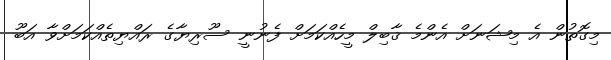
މިގޮތުން އެ މިޝަނަށް އެންމެ ޤާބިލް މީހެއްކަމަށް ފެނުނީ ސޫރިޔާގެ ރައްޔިތެއްކަމަށްވާ އަބޫ